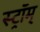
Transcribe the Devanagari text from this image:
स्ट्रॉम्‌